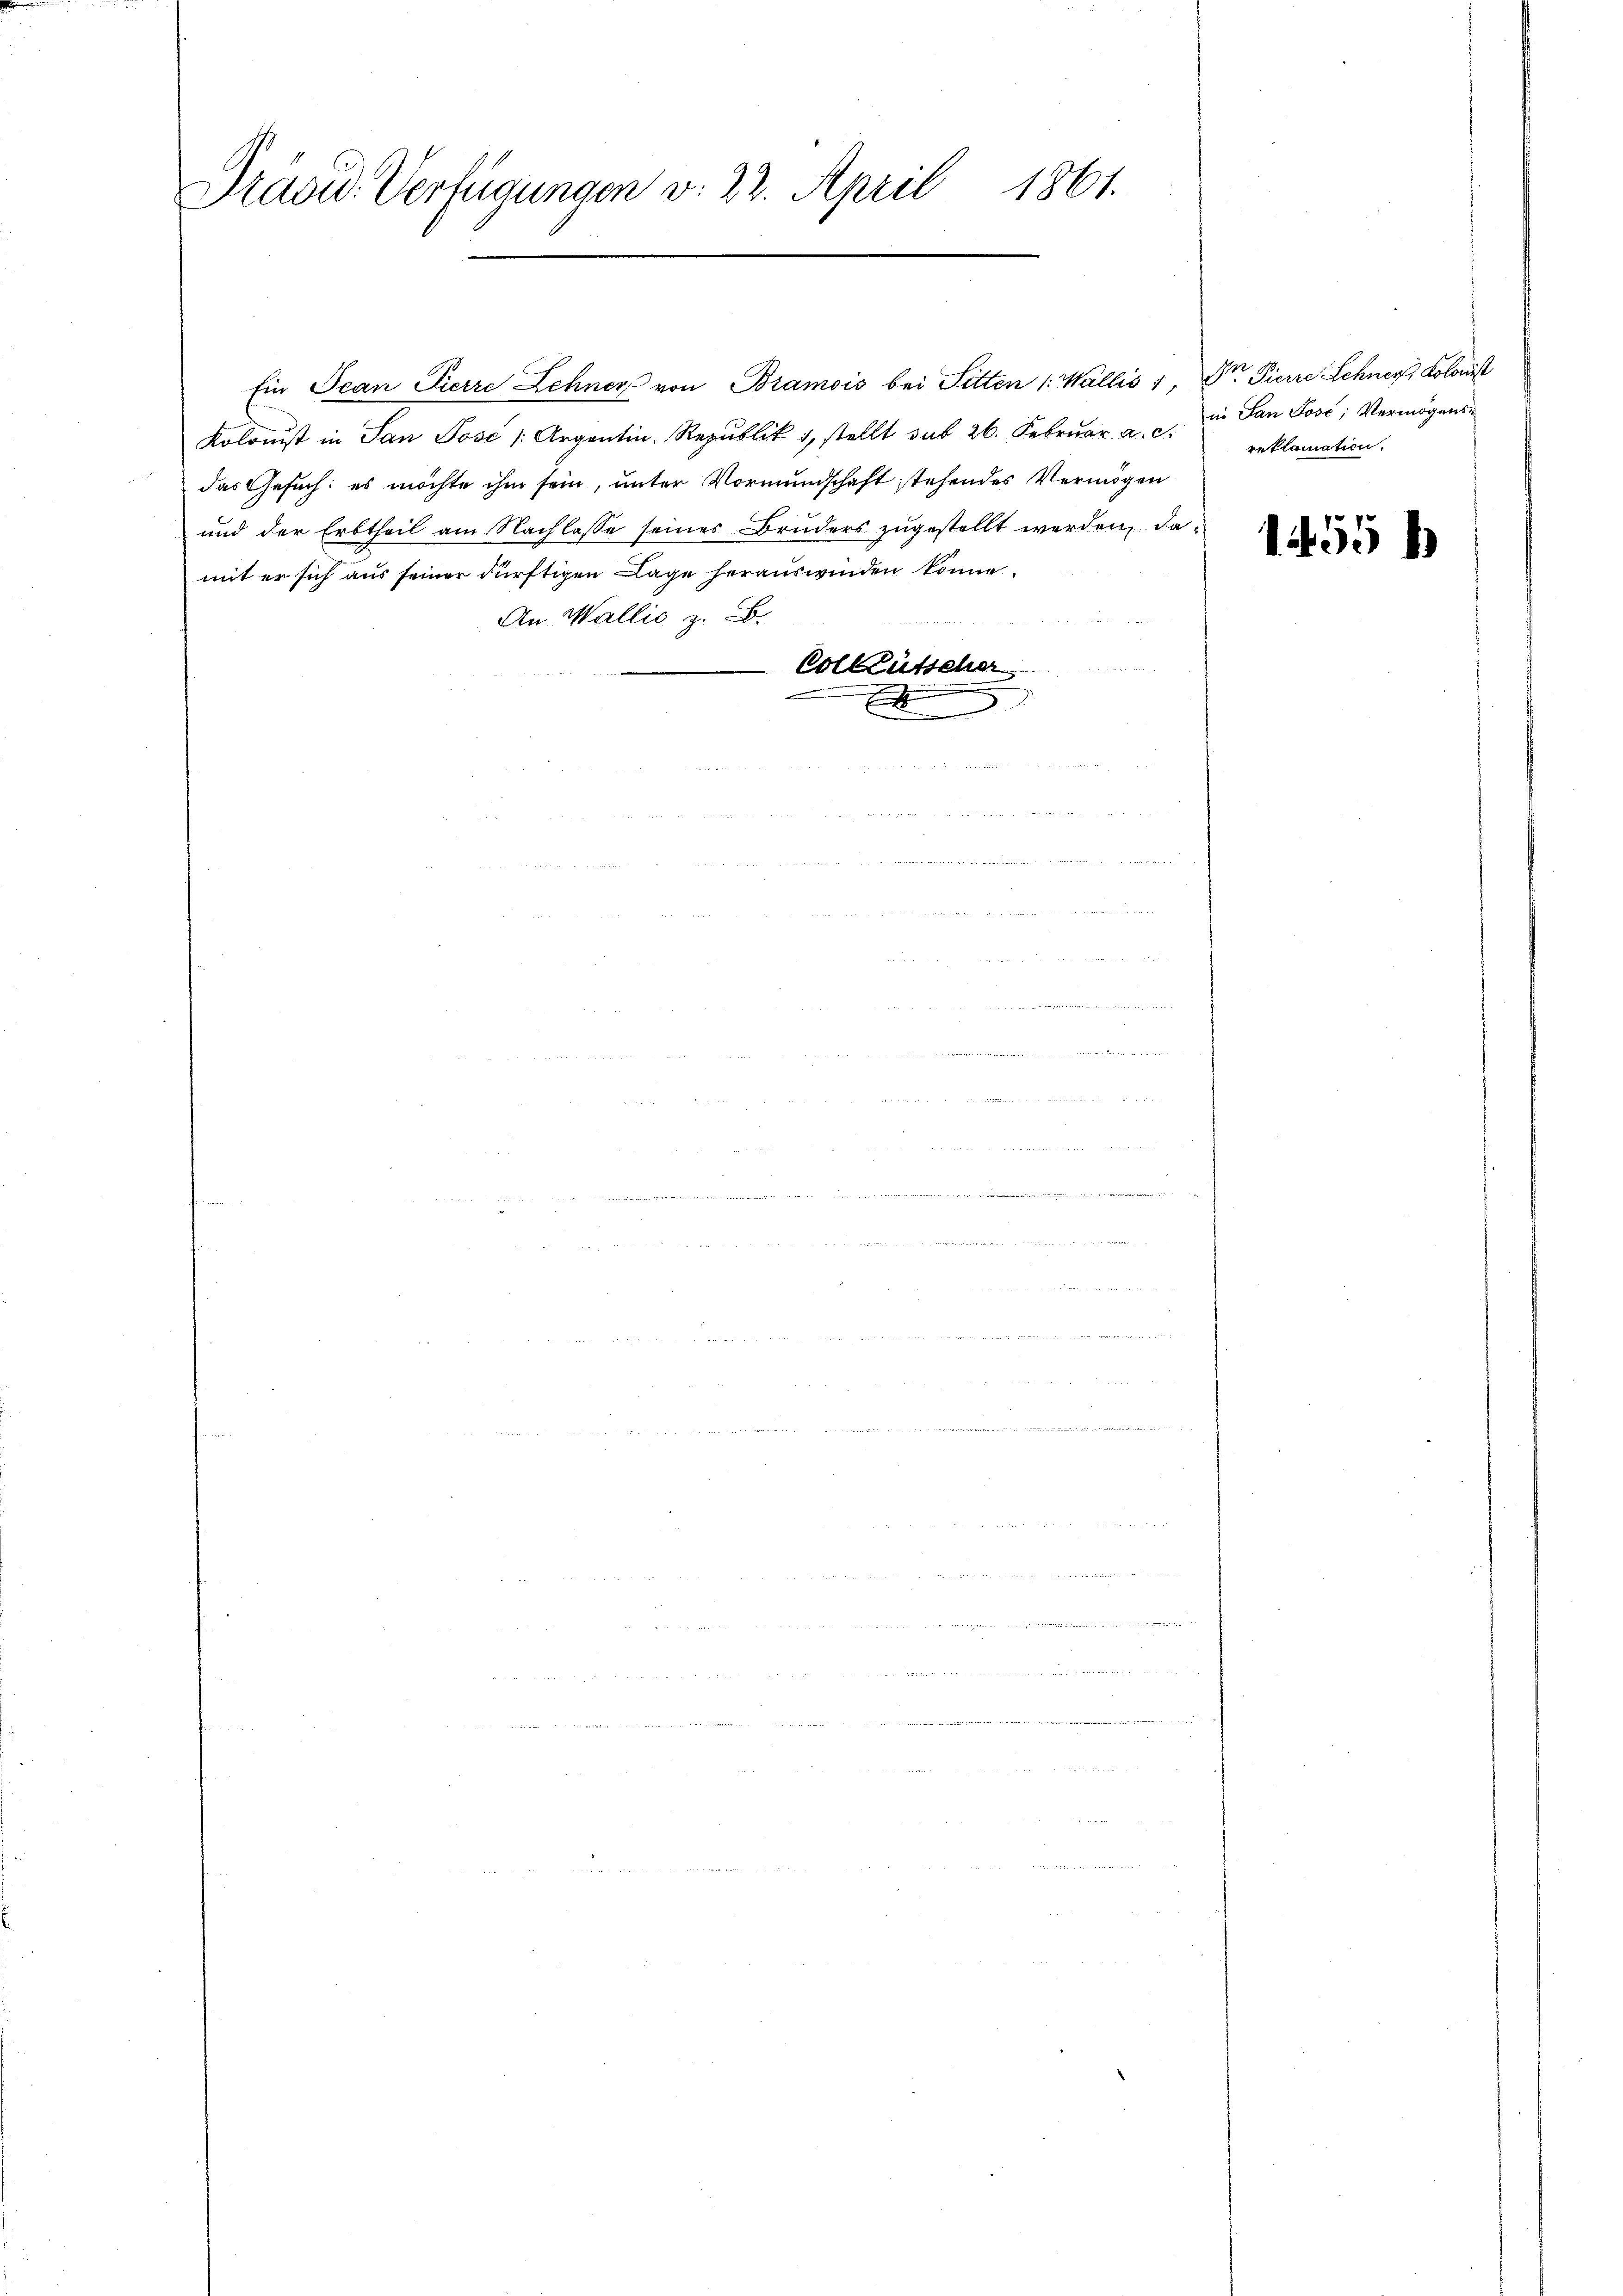
Präsid. Verfügungen v. 22. April 1861.

Ein Jean Pierre Lehner von Bramois bei Sitten (Wallis 1, Dr. Pierre Lehner Kolonist
Kolonist in San Pose / Argentin. Republik 1, stellt sub 26. Febrŭar a. c. in San Jose; Vermögens-
das Gesuch: es möchte ihm sein, unter Vormundschaft stehendes Vermögen
und der Erbtheil am Nachlasse seines Bruders zugestellt werden, damit er sich aus seiner dürftigen Lage herauswinden könne.
An Wallis z. B.
u
Colkütscher
x

reklamation.

1455 h